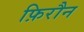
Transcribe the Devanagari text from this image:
फ़िरौन